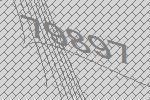
79897